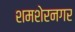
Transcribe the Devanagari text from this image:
शमशेरनगर